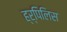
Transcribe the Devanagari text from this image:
ह्र्पिलिस